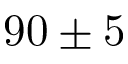
9 0 \pm 5